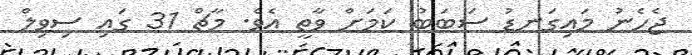
ޖެހެނު މައިގަނޑު ސަބަބު ކަމަށް ވާތީ އެވެ. މާޗް 31 ގައި ސިވިލް